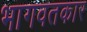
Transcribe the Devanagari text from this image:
भागवतकार